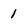
Character: 1